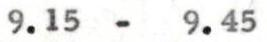
9.15 - 9.45